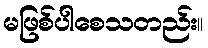
မဖြစ်ပါစေသတည်း။